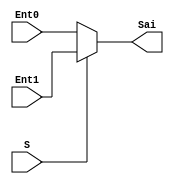
module MuxWR(input [2:0]Ent1, Ent0, input S, 
					  output reg[2:0] Sai);	
	always @*begin
		if(S == 0) begin
			Sai = Ent0;
		end	
		else	
			Sai = Ent1; 
	end
endmodule